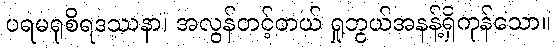
ပရမရုစိရဒဿနာ၊ အလွန်တင့်တယ် ရှုဘွယ်အနန့်ရှိကုန်သော။